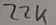
Text: 22K